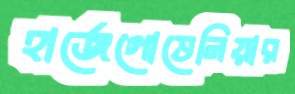
হার্জেগোভেনিয়ার